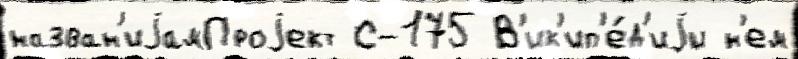
назван'иjамПроjект С-175 В'ик'ип'е́д'иjи н'ем